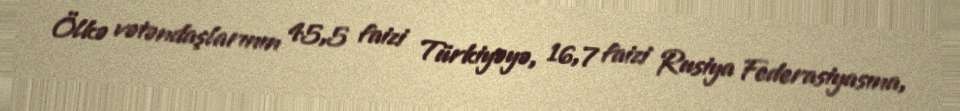
Ölkə vətəndaşlarının 45,5 faizi Türkiyəyə, 16,7 faizi Rusiya Federasiyasına,